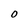
Character: O